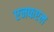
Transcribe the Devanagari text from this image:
एनफएल